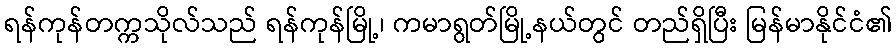
ရန်ကုန်တက္ကသိုလ်သည် ရန်ကုန်မြို့၊ ကမာရွတ်မြို့နယ်တွင် တည်ရှိပြီး မြန်မာနိုင်ငံ၏